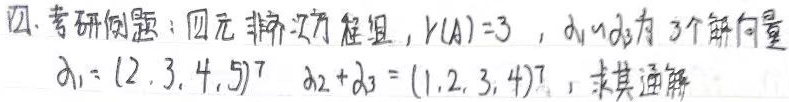
四、考研例题：四元非齐次方程组，$r(A)=3$，$\alpha_1,\alpha_2,\alpha_3$ 为 3 个解向量，$\alpha_1=(2,3,4,5)^T$，$\alpha_2+\alpha_3=(1,2,3,4)^T$，求其通解。